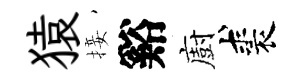
猿接谿廚裘